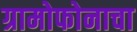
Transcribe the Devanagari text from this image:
ग्रामोफोनाचा